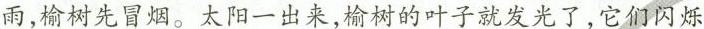
雨，榆树先冒烟。太阳一出来，榆树的叶子就发光了，它们闪烁